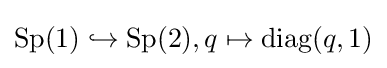
\operatorname {Sp} (1)\hookrightarrow \operatorname {Sp} (2),q\mapsto \operatorname {diag} (q,1)